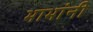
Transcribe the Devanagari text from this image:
भाभांनी